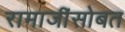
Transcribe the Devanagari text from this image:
रामाजींसोबत